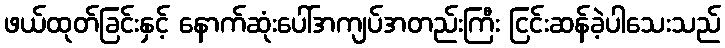
ဖယ်ထုတ်ခြင်းနှင့် နောက်ဆုံးပေါ်အကျပ်အတည်းကြီး ငြင်းဆန်ခဲ့ပါသေးသည်